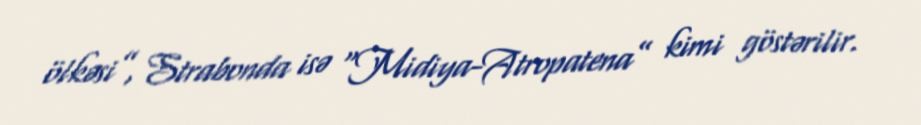
ölkəsi”, Strabonda isə “Midiya-Atropatena” kimi göstərilir.